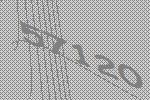
57120